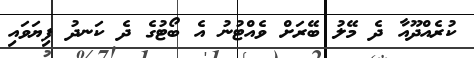
ކުރެއްދޫއާ ދެ މޭލު ބޭރަށް ވެއްޓުނު އެ ބޯޓުގެ ދެ ކަނދު ފިޔަވައި